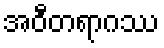
အဝီတရာဂဿ